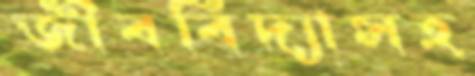
জীববিদ্যাসহ